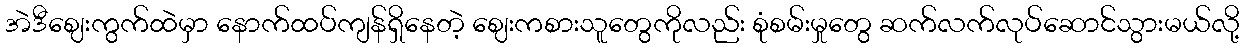
အဲဒီဈေးကွက်ထဲမှာ နောက်ထပ်ကျန်ရှိနေတဲ့ ဈေးကစားသူတွေကိုလည်း စုံစမ်းမှုတွေ ဆက်လက်လုပ်ဆောင်သွားမယ်လို့